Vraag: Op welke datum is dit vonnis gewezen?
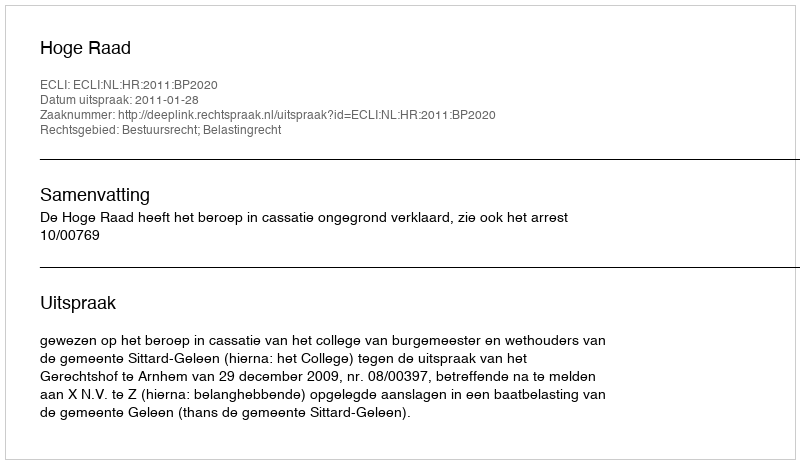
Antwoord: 2011-01-28